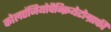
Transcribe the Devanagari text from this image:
कोलएंजियोपैन्क्रियेटोग्राफी